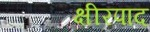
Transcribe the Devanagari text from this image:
क्षीरपाद